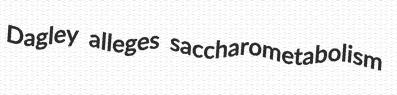
Dagley alleges saccharometabolism